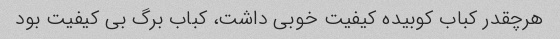
هرچقدر کباب کوبیده کیفیت خوبی داشت، کباب برگ بی کیفیت بود